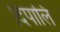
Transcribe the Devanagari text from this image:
दिपालि